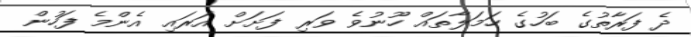
ދެ ފަރާތުގެ ބަހުގެ ހަމަލާތައް ހޫނުވެ ވަރި ފަށަށް އަރައި އެންމެ ފަހުން